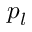
p _ { l }